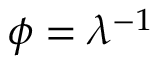
\phi = \lambda ^ { - 1 }